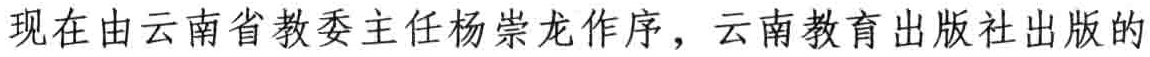
现在由云南省教委主任杨崇龙作序，云南教育出版社出版的